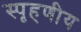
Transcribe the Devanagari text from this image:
स्‍पृहणीय